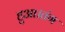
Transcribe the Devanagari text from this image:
हुआ।तंग